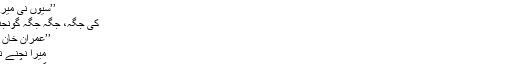
مثال کے طور پر صبح کی نماز کے بعد کی واک کو شام کے شیڈول میں رکھ دیا اور صبح کی واک کے بعد ناشتے سے پہلے اپنے ہارمونیم پراپنا پسندیدہ گیت
’’سیوں نی میرا دِل دھڑکے‘‘
کی جگہ، جگہ جگہ گونجنے والے گیت
’’عمران خان دے جلسے اج
میرا نچنے نوں جی کردا‘‘
گاتے ہوئے گلا صاف کیا۔